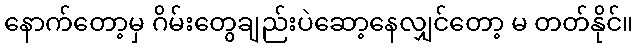
နောက်တော့မှ ဂိမ်းတွေချည်းပဲဆော့နေလျှင်တော့ မ တတ်နိုင်။